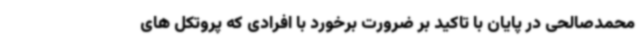
محمدصالحی در پایان با تاکید بر ضرورت برخورد با افرادی که پروتکل های